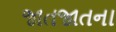
જાતજાતના